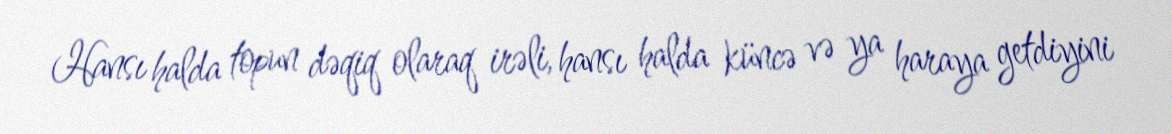
Hansı halda topun dəqiq olaraq irəli, hansı halda küncə və ya haraya getdiyini